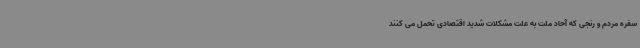
سفره مردم و رنجی که آحاد ملت به علت مشکلات شدید اقتصادی تحمل می کنند